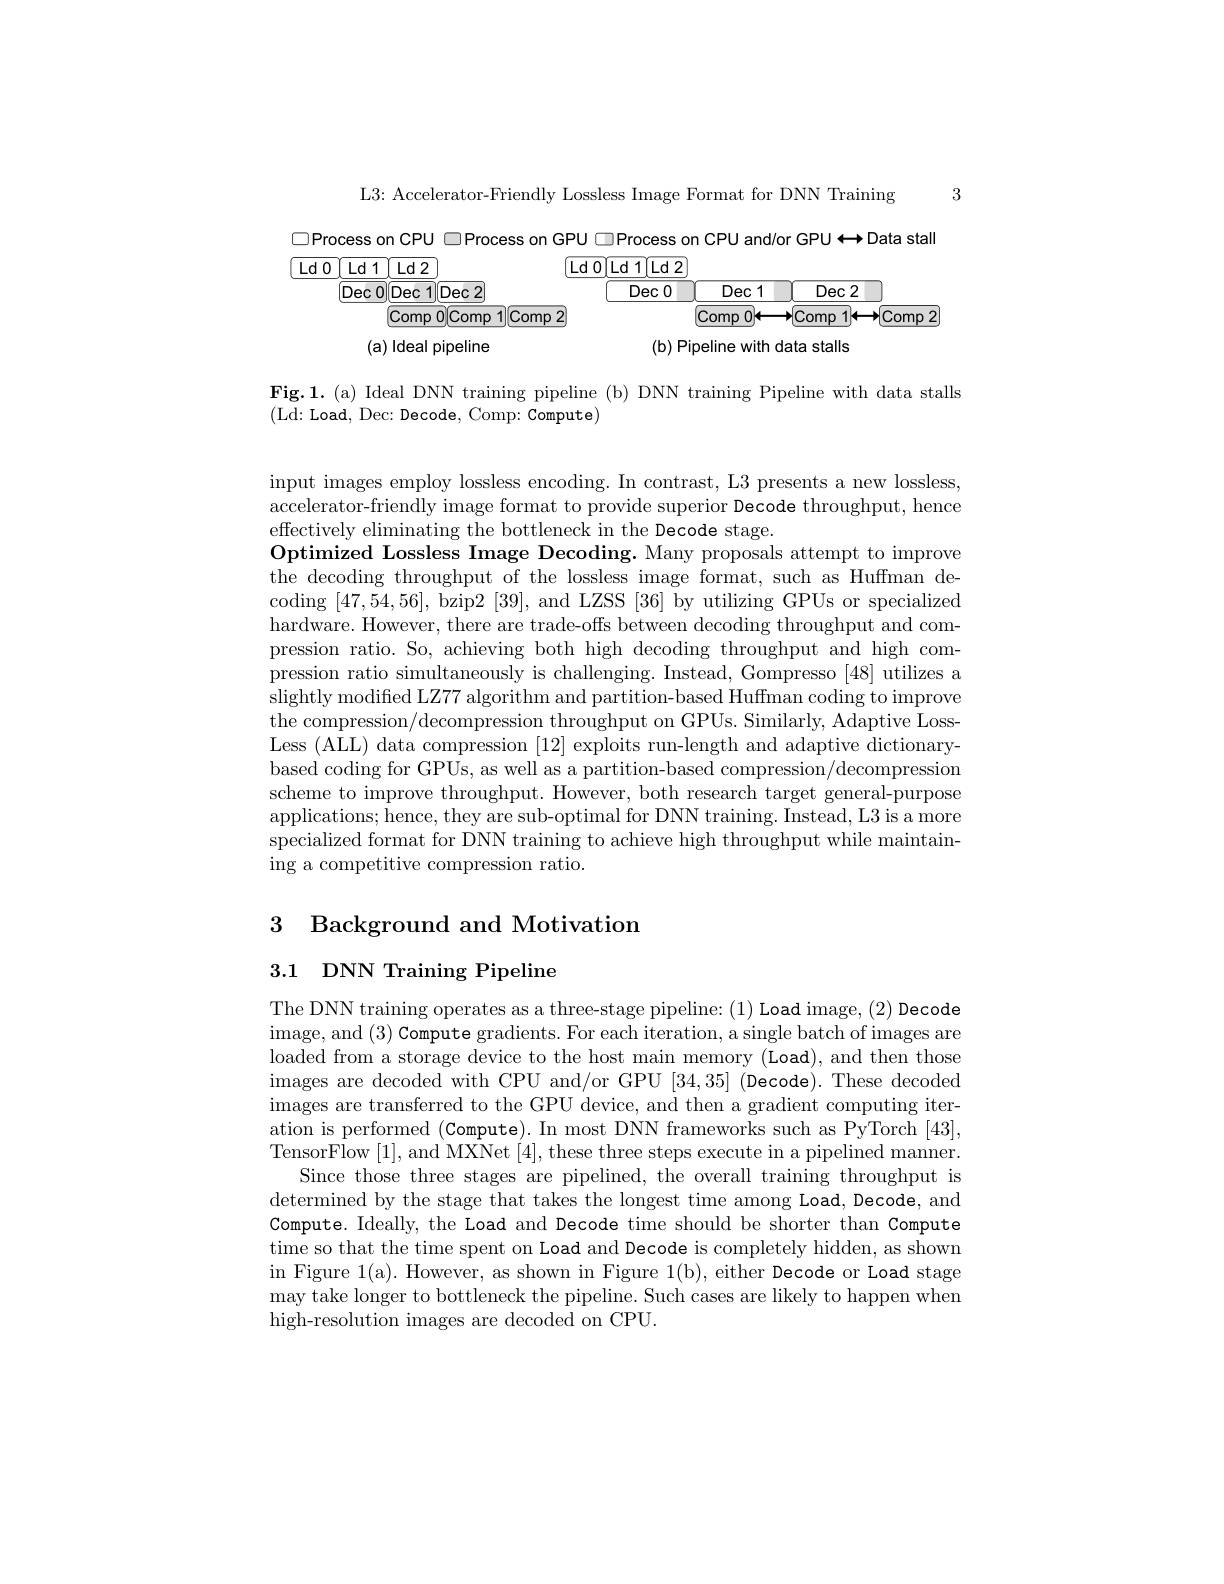
3

L3: Accelerator-Friendly Lossless Image Format for DNN Training

$\square$Process on CPU $\square$Process on GPU DProcess on CPU and/or GPU $\longleftrightarrow$Data stall
$\underline{}$Ld0$cnt1$Ld$cnt1$1cnt1Lcnt1Lcnt1dcnt11cnt1Lcnt1dcnt12cnt1dcnt1mcnt1mcnt1mcnt1mcnt1
$\underline{\text{Ld O}}\underline{\text{Ld 1}}\underline{\text{Ld 2}}$
$Dec0$
$Dec1$ $Dec2$
$\textcircled{\mathrm{Dec}}0\textcircled{\mathrm{Dec}}1\textcircled{\mathrm{Dec}}2$
$\boxed{\text{Comp O}(\text{Comp 1}\boxed{\text{Comp 2}}}$
$\boxed{\text{Comp }0}\leftarrow\xrightarrow{\text{Comp }1}\underset{\operatorname*{\longleftarrow}}{\operatorname*{\longleftarrow}}\boxed{\text{Comp }2}$
(a) Ideal pipeline
(b) Pipeline with data stalls

Fig.1.(a) Ideal DNN training pipeline (b) DNN training Pipeline with data stalls
(Ld: Load, Dec: Decode, Comp: Compute)

input images employ lossless encoding. In contrast, L3 presents a new lossless, accelerator-friendly image format to provide superior Decode throughput, hence effectively eliminating the bottleneck in the Decode stage.
Optimized Lossless Image Decoding. Many proposals attempt to improve the decoding throughput of the lossless image format, such as Huffman decoding [47,54,56], bzip2 [39], and LZSS [36] by utilizing GPUs or specialized hardware. However, there are trade-offs between decoding throughput and compression ratio. So, achieving both high decoding throughput and high compression ratio simultaneously is challenging. Instead, Gompresso [48] utilizes a slightly modified LZ77 algorithm and partition-based Huffman coding to improve the compression/decompression throughput on GPUs. Similarly, Adaptive LossLess (ALL) data compression [12] exploits run-length and adaptive dictionarybased coding for GPUs, as well as a partition-based compression/decompression scheme to improve throughput. However, both research target general-purpose applications; hence, they are sub-optimal for DNN training. Instead, L3 is a more specialized format for DNN training to achieve high throughput while maintaining a competitive compression ratio.

3 Background and Motivation

3.1 DNN Training Pipeline

The DNN training operates as a three-stage pipeline: (1) Load image, (2) Decode image, and ( 3) Compute gradients. For each iteration, a single batch of images are loaded from a storage device to the host main memory (Load), and then those images are decoded with CPU and/or GPU [34,35] (Decode).These decoded images are transferred to the GPU device, and then a gradient computing iteration is performed (Compute). In most DNN frameworks such as PyTorch [43], TensorFlow [1],and MXNet [4],these three steps execute in a pipelined manner.
Since those three stages are pipelined, the overall training throughput is determined by the stage that takes the longest time among Load, Decode, and Compute. Ideally, the Load and Decode time should be shorter than Compute time so that the time spent on Load and Decode is completely hidden, as shown in Figure 1(a). However, as shown in Figure 1(b), either Decode or Load stage may take longer to bottleneck the pipeline. Such cases are likely to happen when high-resolution images are decoded on CPU.